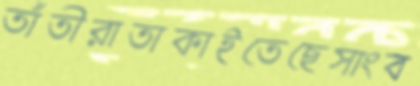
তাঁতীরাতাকাইতেছেসাংব